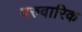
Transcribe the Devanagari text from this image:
परुवारिक